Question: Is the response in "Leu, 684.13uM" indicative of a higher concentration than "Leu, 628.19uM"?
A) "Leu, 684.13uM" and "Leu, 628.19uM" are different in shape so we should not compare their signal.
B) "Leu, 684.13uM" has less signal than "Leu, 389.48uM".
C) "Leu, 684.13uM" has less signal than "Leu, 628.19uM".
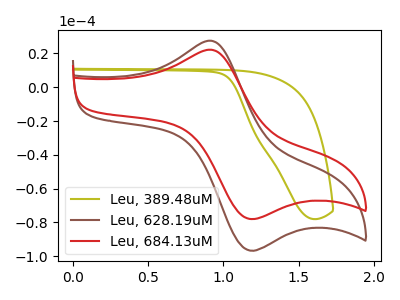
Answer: <think>The olive curve "Leu, 389.48uM" has no peaks. The brown curve "Leu, 628.19uM" has an anodic peak at (0.90V, 27.55uA) and a cathodic peak at (1.15V, -96.20uA). The red curve "Leu, 684.13uM" has an anodic peak at (0.90V, 22.25uA) and a cathodic peak at (1.15V, -77.60uA).
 All the peaks in "Leu, 684.13uM" have a peak in "Leu, 628.19uM" at the same potential. Every peak in "Leu, 684.13uM" is lower than every peak in "Leu, 628.19uM".</think>
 <answer>C) "Leu, 684.13uM" has less signal than "Leu, 628.19uM".</answer>
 <eval>C</eval>